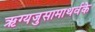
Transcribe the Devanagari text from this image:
ऋग्यजुसामाथर्वके